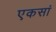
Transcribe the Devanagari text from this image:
एकसां